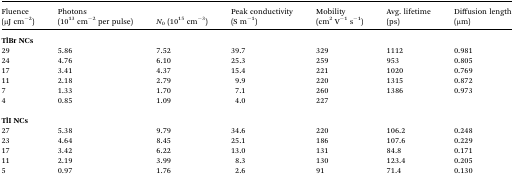
| Fluence (μJ cm–2) | Photons (1013 cm–2 per pulse) | N0 (1015 cm–3) | Peak conductivity (S m–1) | Mobility (cm2 V–1 s–1) | Avg. lifetime (ps) | Diffusion length (μm) |
 | --- | --- | --- | --- | --- | --- | --- |
 | <COLSPAN=7> TlBr NCs |
 | 29 | 5.86 | 7.52 | 39.7 | 329 | 1112 | 0.981 |
 | 24 | 4.76 | 6.10 | 25.3 | 259 | 953 | 0.805 |
 | 17 | 3.41 | 4.37 | 15.4 | 221 | 1020 | 0.769 |
 | 11 | 2.18 | 2.79 | 9.9 | 220 | 1315 | 0.872 |
 | 7 | 1.33 | 1.70 | 7.1 | 260 | 1386 | 0.973 |
 | 4 | 0.85 | 1.09 | 4.0 | 227 |  |  |
 | <COLSPAN=7>  |
 | <COLSPAN=7> TlI NCs |
 | 27 | 5.38 | 9.79 | 34.6 | 220 | 106.2 | 0.248 |
 | 23 | 4.64 | 8.45 | 25.1 | 186 | 107.6 | 0.229 |
 | 17 | 3.42 | 6.22 | 13.0 | 131 | 84.8 | 0.171 |
 | 11 | 2.19 | 3.99 | 8.3 | 130 | 123.4 | 0.205 |
 | 5 | 0.97 | 1.76 | 2.6 | 91 | 71.4 | 0.130 |